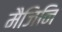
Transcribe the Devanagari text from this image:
मैजिनि